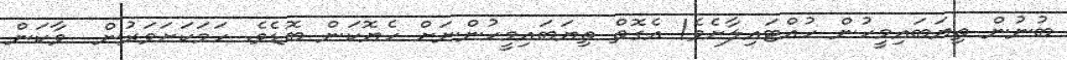
ބުނުން ތިޔަބައިމީހުން ހުއްޓައިލާށެވެ! އެގޮތް ތިޔަބައިމީހުންނަށް ހެޔޮކަން ބޮޑެވެ. ހަމަކަށަވަރުން  ވާކަން